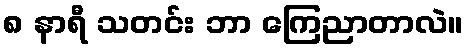
၈ နာရီ သတင်း ဘာ ကြေညာတာလဲ။